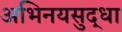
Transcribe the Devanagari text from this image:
अभिनयसुद्धा